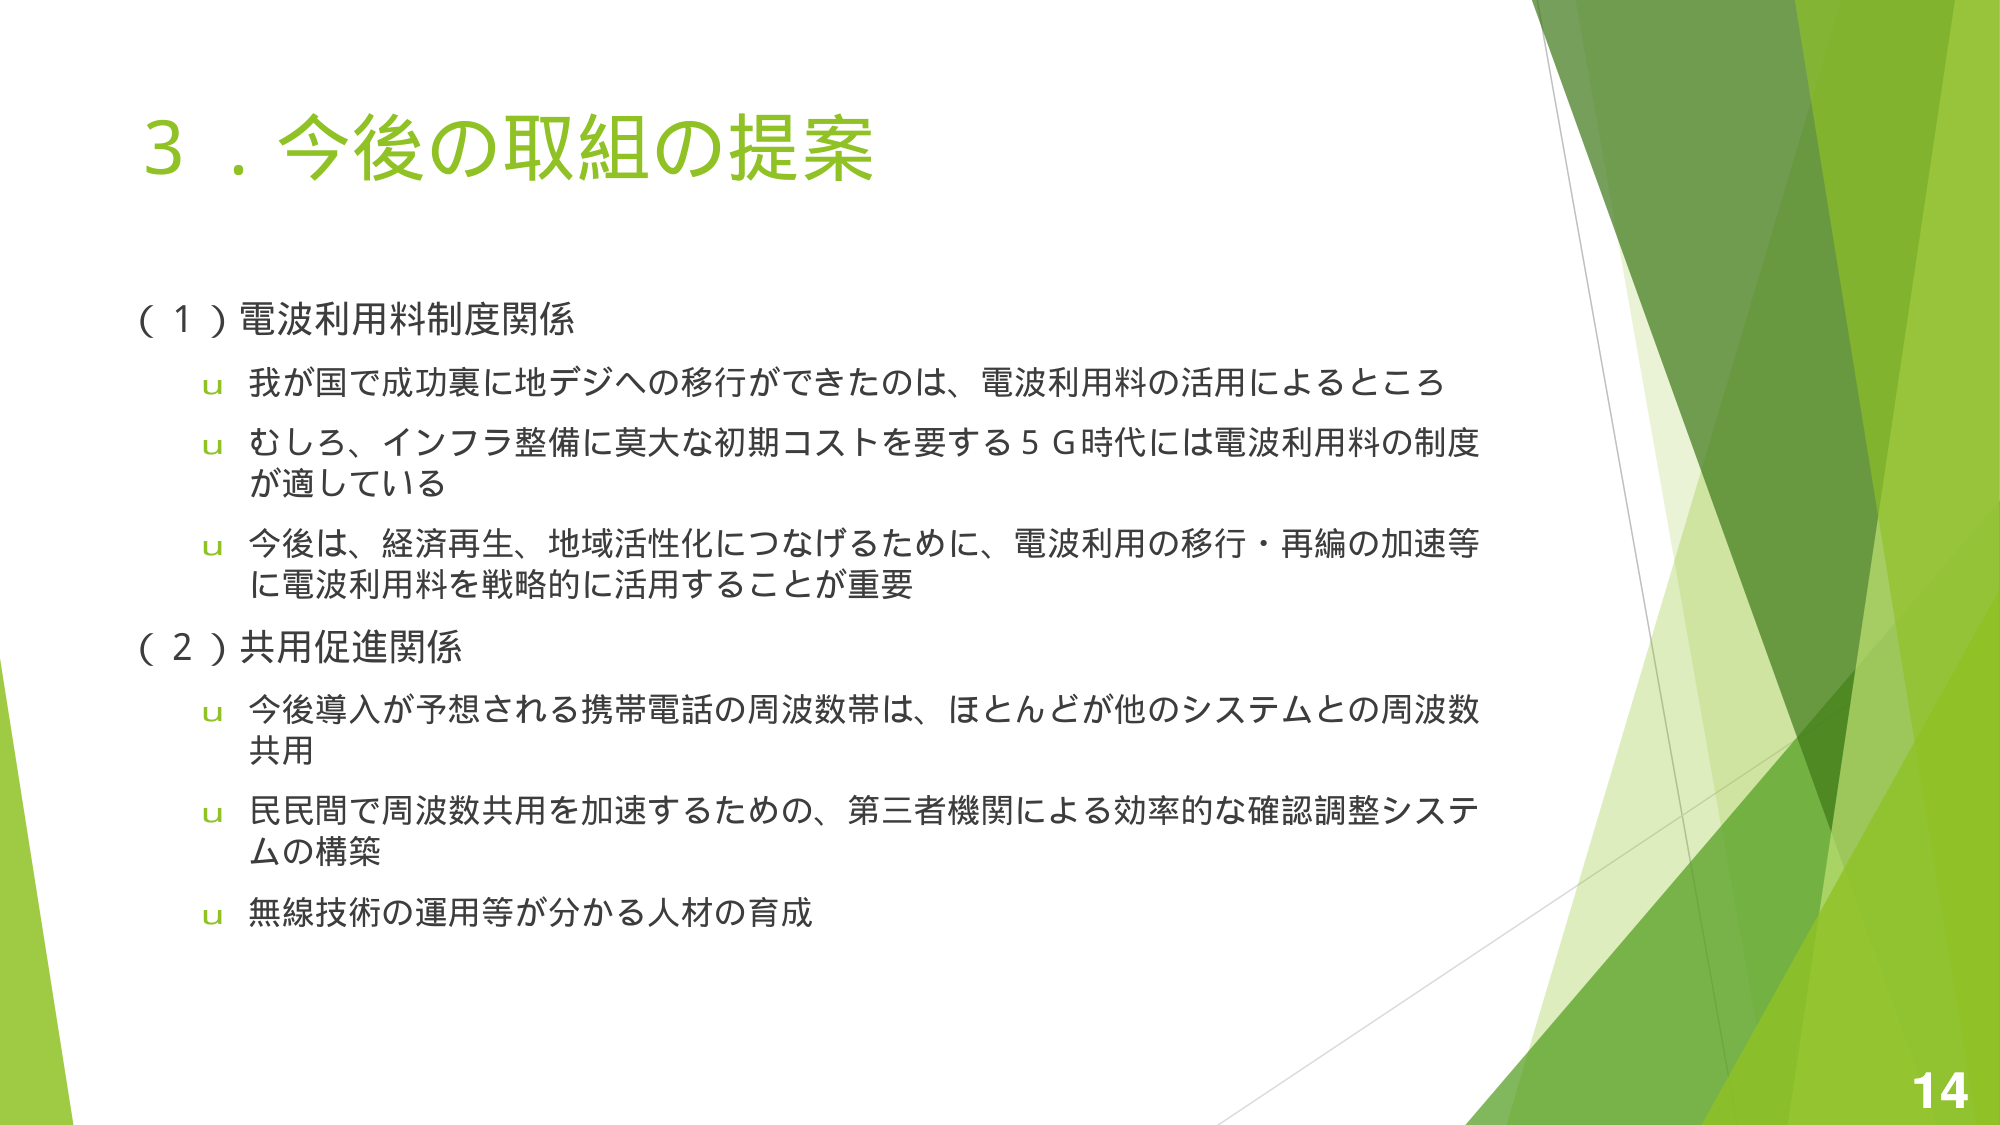
3．今後の取組の提案

（１）電波利用料制度関係
　u 我が国で成功裏に地デジへの移行ができたのは、電波利用料の活用によるところ
　u むしろ、インフラ整備に莫大な初期コストを要する５Ｇ時代には電波利用料の制度
　　が適している
　u 今後は、経済再生、地域活性化につなげるために、電波利用の移行・再編の加速等
　　に電波利用料を戦略的に活用することが重要

（２）共用促進関係
　u 今後導入が予想される携帯電話の周波数帯は、ほとんどが他のシステムとの周波数
　　共用
　u 民民間で周波数共用を加速するための、第三者機関による効率的な確認調整システムの構築
　u 無線技術の運用等が分かる人材の育成

14